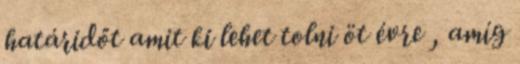
határidőt amit ki lehet tolni öt évre , amíg